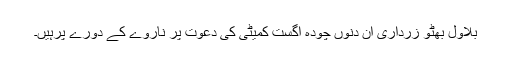
بلاول بھٹو زرداری ان دنوں چودہ اگست کمیٹی کی دعوت پر ناروے کے دورے پرہیں۔